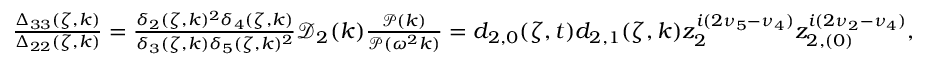
\begin{array} { r l } & { \frac { \Delta _ { 3 3 } ( \zeta , k ) } { \Delta _ { 2 2 } ( \zeta , k ) } = \frac { \delta _ { 2 } ( \zeta , k ) ^ { 2 } \delta _ { 4 } ( \zeta , k ) } { \delta _ { 3 } ( \zeta , k ) \delta _ { 5 } ( \zeta , k ) ^ { 2 } } \mathcal { D } _ { 2 } ( k ) \frac { \mathcal { P } ( k ) } { \mathcal { P } ( \omega ^ { 2 } k ) } = d _ { 2 , 0 } ( \zeta , t ) d _ { 2 , 1 } ( \zeta , k ) z _ { 2 } ^ { i ( 2 \nu _ { 5 } - \nu _ { 4 } ) } z _ { 2 , ( 0 ) } ^ { i ( 2 \nu _ { 2 } - \nu _ { 4 } ) } , } \end{array}